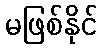
မဖြစ်နိုင်